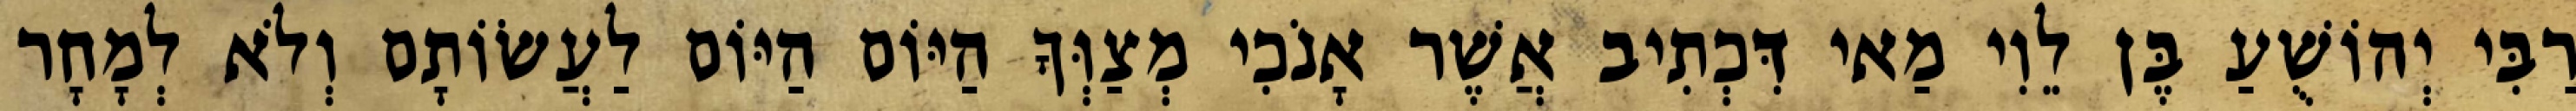
רַבִּי יְהוֹשֻׁעַ בֶּן לֵוִי מַאי דִּכְתִיב אֲשֶׁר אָנֹכִי מְצַוְּךָ הַיּוֹם הַיּוֹם לַעֲשׂוֹתָם וְלֹא לְמָחָר